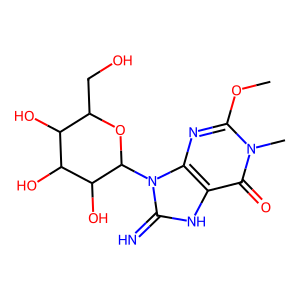
SMILES: COc1nc2c([nH]c(=N)n2C2OC(CO)C(O)C(O)C2O)c(=O)n1C
Inhibits HIV replication: No